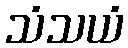
သံသယံ